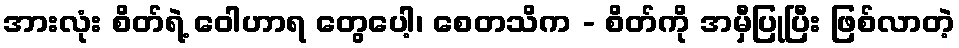
အားလုံး စိတ်ရဲ့ ဝေါဟာရ တွေပေါ့၊ စေတသိက - စိတ်ကို အမှီပြုပြီး ဖြစ်လာတဲ့